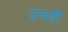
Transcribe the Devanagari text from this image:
उंचही